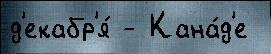
д'екабр'я́ - Кана́д'е